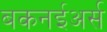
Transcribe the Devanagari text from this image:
बकनईअर्स